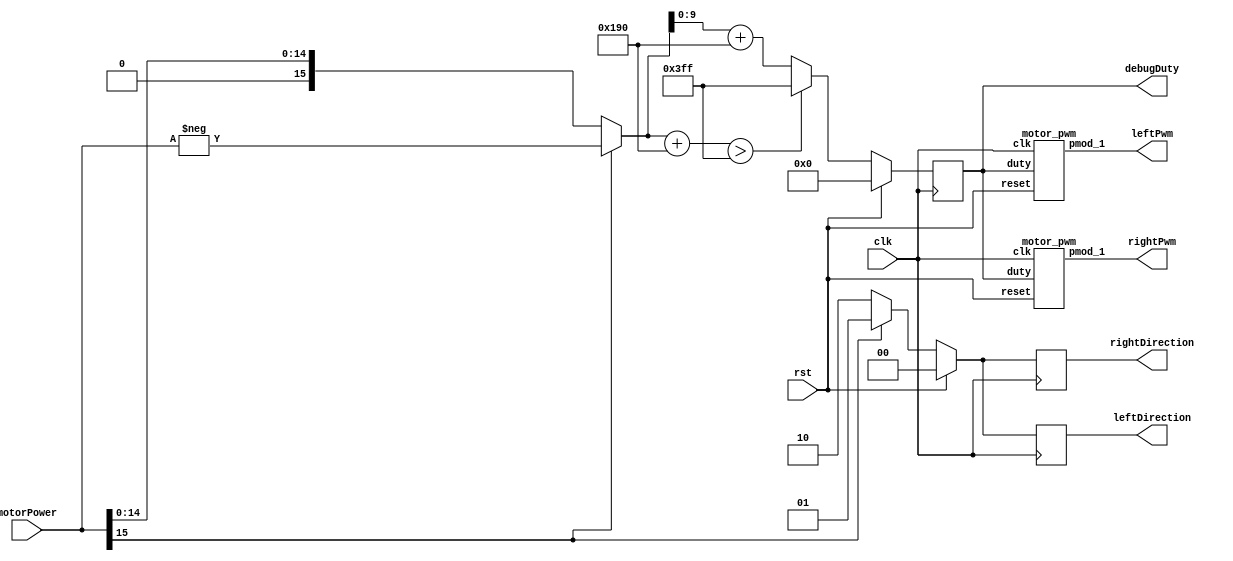
// Modified the code from Lab6
`define MOTOR_STOP 2'b00
`define MOTOR_FORWARD 2'b01
`define MOTOR_BACKWARD 2'b10

module Motor #(
    parameter SIZE = 16,
    parameter MOTOR_PWM_OFFSET = 16'd400    // Offset of motor pwm
) (
  input clk,
  input rst,
  input [SIZE-1:0] motorPower,
  output reg [1:0] leftDirection,
  output reg [1:0] rightDirection,
  output leftPwm,
  output rightPwm,
  // debug
  output [9:0] debugDuty
);

  wire isPowerPositive;
  wire [SIZE-1:0] absOfPower;
  reg [9:0] duty;
  reg [9:0] next_duty;


  motor_pwm m0(
    .clk(clk),
    .reset(rst),
    .duty(duty),
    .pmod_1(leftPwm)
  );
  motor_pwm m1(
    .clk(clk),
    .reset(rst),
    .duty(duty),
    .pmod_1(rightPwm)
  );

  assign isPowerPositive = (motorPower[SIZE-1] == 1'b1) ? 1'd0 : 1'd1;
  assign absOfPower = (isPowerPositive) ? motorPower : -motorPower;

  // Use sign of motorPower to control the direction
  always @(posedge clk) begin
    if (rst == 1'b1) begin
      duty <= 10'd0;
      leftDirection <= `MOTOR_STOP;
      rightDirection <= `MOTOR_STOP;
    end
    else begin
      duty <= next_duty;
      leftDirection <= (isPowerPositive) ? `MOTOR_BACKWARD : `MOTOR_FORWARD;
      rightDirection <= (isPowerPositive) ? `MOTOR_BACKWARD : `MOTOR_FORWARD;
    end
  end

  // Use absolute value of motorPower to control the speed
  always @(*) begin
    if (absOfPower + MOTOR_PWM_OFFSET > 16'd1023)
      next_duty = 10'd1023;
    else
      // FIXME: 10 bits + 16 bits
      next_duty = absOfPower[9:0] + MOTOR_PWM_OFFSET;
  end


  // Debug
  assign debugDuty = duty;

endmodule

module motor_pwm (
  input clk,
  input reset,
  input [9:0] duty,
  output pmod_1 //PWM
);

  PWM_gen pwm_0 (
    .clk(clk),
    .reset(reset),
    .freq(32'd50000),
    .duty(duty),
    .PWM(pmod_1)
  );

endmodule

// generate PWM by input frequency & duty
module PWM_gen (
  input wire clk,
  input wire reset,
  input [31:0] freq,
  input [9:0] duty,
  output reg PWM
);
  wire [31:0] count_max = 100_000_000 / freq;
  wire [31:0] count_duty = count_max * duty / 1024;
  reg [31:0] count;

  always @(posedge clk, posedge reset) begin
    if (reset) begin
      count <= 0;
      PWM <= 0;
    end else if (count < count_max) begin
      count <= count + 1;
      if(count < count_duty)
        PWM <= 1;
      else
        PWM <= 0;
    end else begin
      count <= 0;
      PWM <= 0;
    end
  end
endmodule